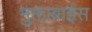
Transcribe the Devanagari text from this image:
मुक्ताबाईस